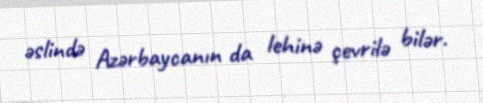
əslində Azərbaycanın da lehinə çevrilə bilər.